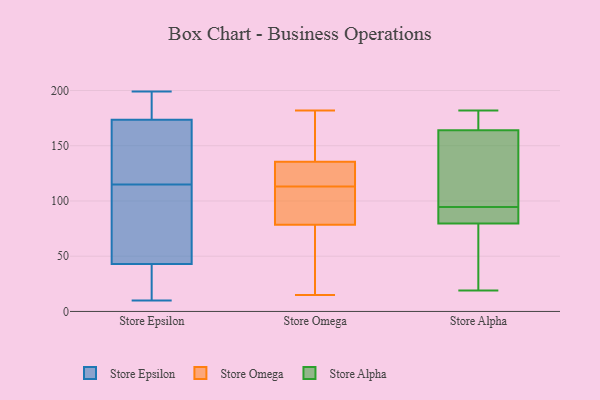
{"axis": {"x": "Waste Production (Tons)", "y": "Value"}, "legend": ["Store Alpha", "Store Epsilon", "Store Omega"], "data": [{"x": "", "y": 187, "type": "Store Epsilon"}, {"x": "", "y": 199, "type": "Store Epsilon"}, {"x": "", "y": 115, "type": "Store Epsilon"}, {"x": "", "y": 36, "type": "Store Epsilon"}, {"x": "", "y": 198, "type": "Store Epsilon"}, {"x": "", "y": 27, "type": "Store Epsilon"}, {"x": "", "y": 32, "type": "Store Epsilon"}, {"x": "", "y": 64, "type": "Store Epsilon"}, {"x": "", "y": 10, "type": "Store Epsilon"}, {"x": "", "y": 66, "type": "Store Epsilon"}, {"x": "", "y": 136, "type": "Store Epsilon"}, {"x": "", "y": 104, "type": "Store Epsilon"}, {"x": "", "y": 159, "type": "Store Epsilon"}, {"x": "", "y": 176, "type": "Store Epsilon"}, {"x": "", "y": 166, "type": "Store Epsilon"}, {"x": "", "y": 113, "type": "Store Omega"}, {"x": "", "y": 37, "type": "Store Omega"}, {"x": "", "y": 48, "type": "Store Omega"}, {"x": "", "y": 106, "type": "Store Omega"}, {"x": "", "y": 182, "type": "Store Omega"}, {"x": "", "y": 116, "type": "Store Omega"}, {"x": "", "y": 87, "type": "Store Omega"}, {"x": "", "y": 15, "type": "Store Omega"}, {"x": "", "y": 161, "type": "Store Omega"}, {"x": "", "y": 128, "type": "Store Omega"}, {"x": "", "y": 120, "type": "Store Omega"}, {"x": "", "y": 139, "type": "Store Omega"}, {"x": "", "y": 80, "type": "Store Omega"}, {"x": "", "y": 138, "type": "Store Omega"}, {"x": "", "y": 78, "type": "Store Omega"}, {"x": "", "y": 96, "type": "Store Alpha"}, {"x": "", "y": 182, "type": "Store Alpha"}, {"x": "", "y": 93, "type": "Store Alpha"}, {"x": "", "y": 62, "type": "Store Alpha"}, {"x": "", "y": 93, "type": "Store Alpha"}, {"x": "", "y": 163, "type": "Store Alpha"}, {"x": "", "y": 103, "type": "Store Alpha"}, {"x": "", "y": 174, "type": "Store Alpha"}, {"x": "", "y": 172, "type": "Store Alpha"}, {"x": "", "y": 19, "type": "Store Alpha"}, {"x": "", "y": 92, "type": "Store Alpha"}, {"x": "", "y": 155, "type": "Store Alpha"}, {"x": "", "y": 49, "type": "Store Alpha"}, {"x": "", "y": 165, "type": "Store Alpha"}, {"x": "", "y": 68, "type": "Store Alpha"}, {"x": "", "y": 91, "type": "Store Alpha"}]}